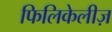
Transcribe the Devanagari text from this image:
फिलिकेलीज़